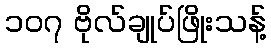
၁၀၇ ဗိုလ်ချုပ်ဖြိုးသန့်